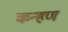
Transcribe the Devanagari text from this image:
कन्हण